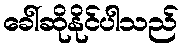
ခေါ်ဆိုနိုင်ပါသည်